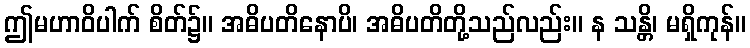
ဤမဟာဝိပါက် စိတ်၌။ အဓိပတိနောပိ၊ အဓိပတိတို့သည်လည်း။ န သန္တိ၊ မရှိကုန်။